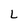
Character: L